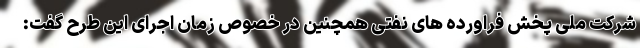
شرکت ملی پخش فراورده های نفتی همچنین در خصوص زمان اجرای این طرح گفت: